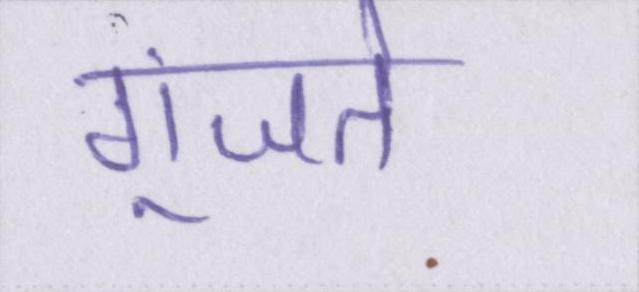
गूंजते